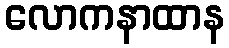
လောကနာထာန